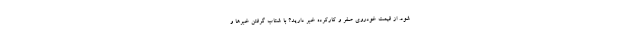
شود. از قیمت خودروی صفر و کارکرده خبر دارید؟ با شتاب گرفتن خبرها و